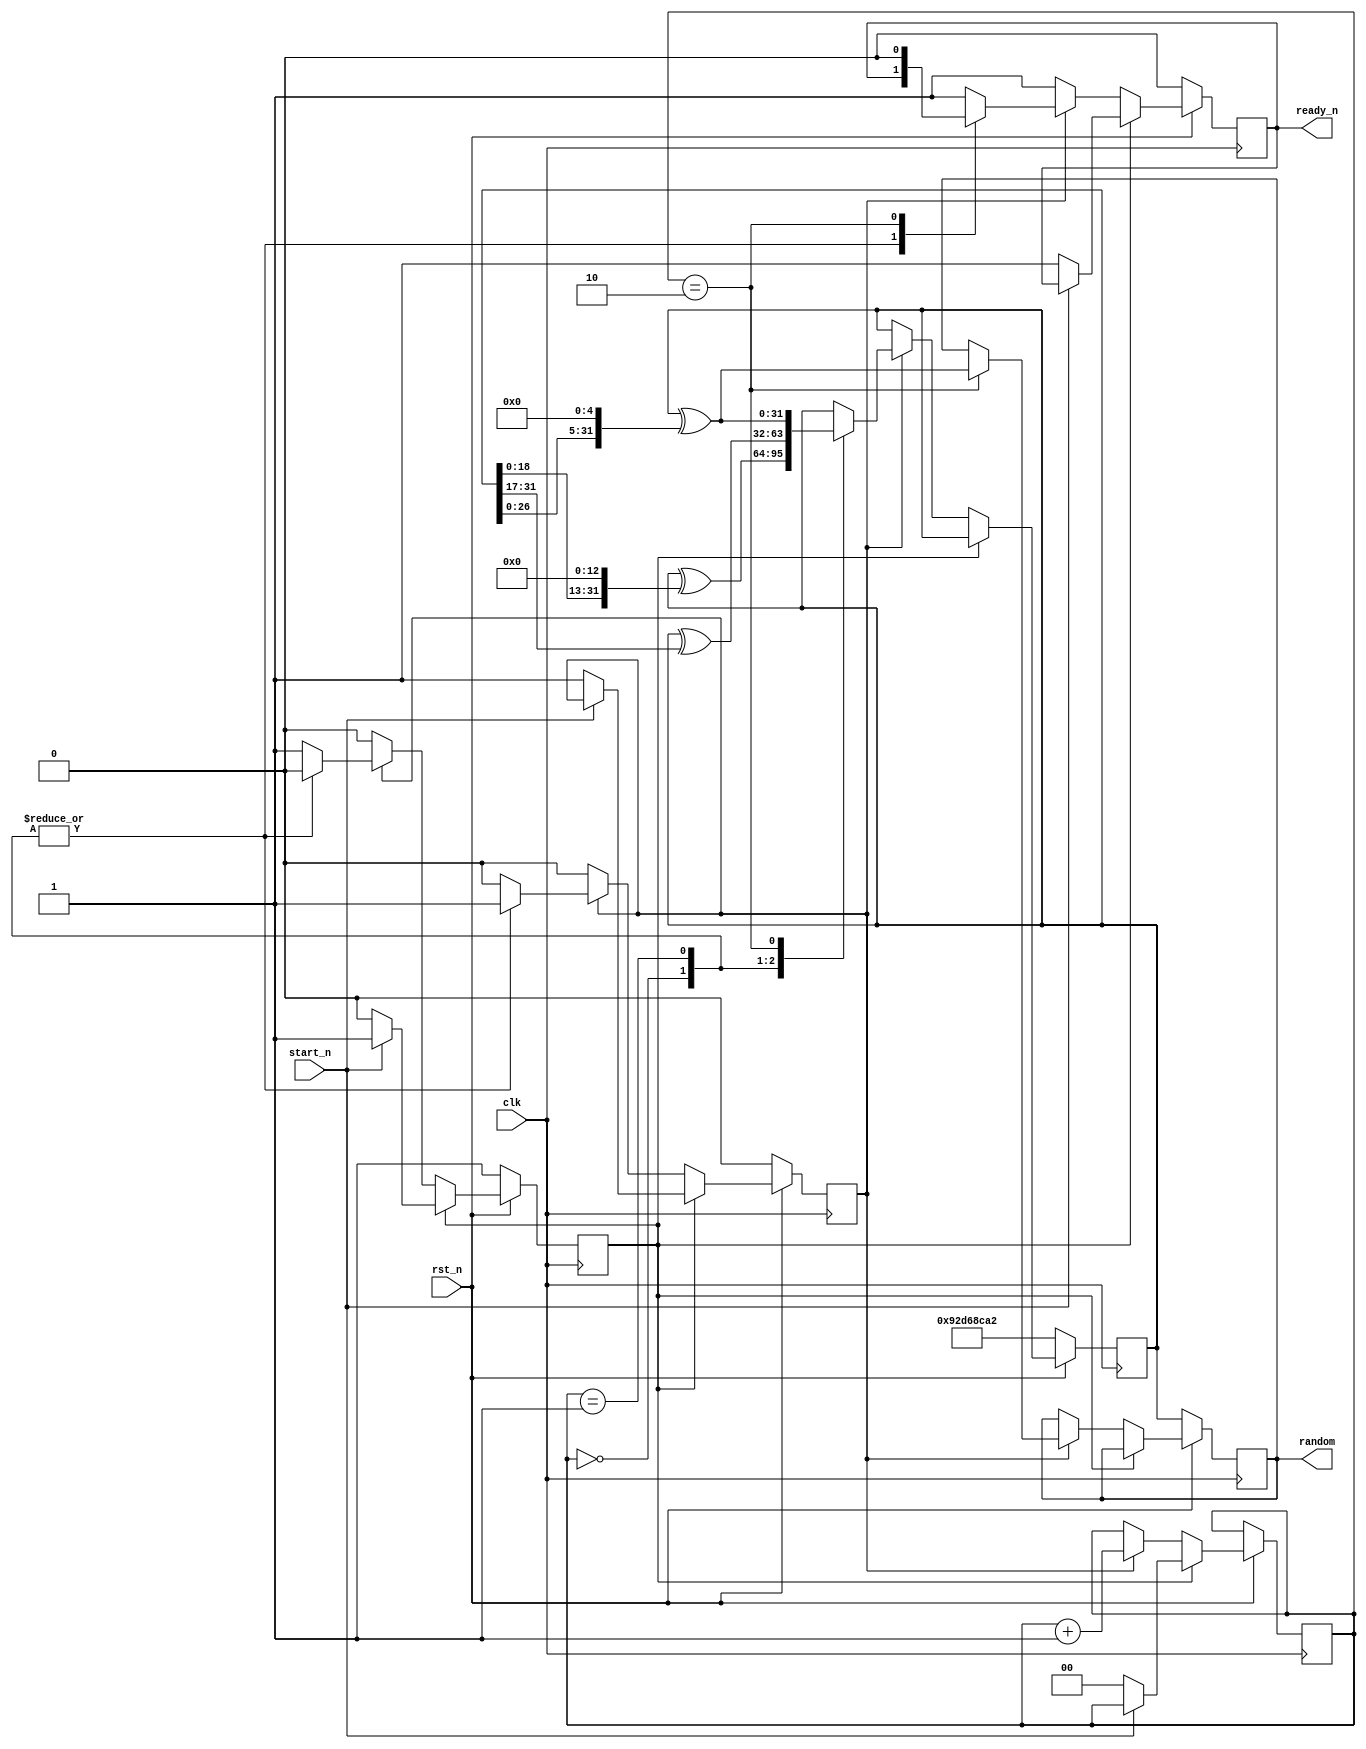
`define ON 1
`define OFF 0

module xorshift_32(
    input wire clk,
    input wire rst_n,
    input wire start_n,
    output reg [32-1:0] random,
    output reg ready_n);

    reg [32-1:0] seed;
    reg Istate, Sstate;
    reg [2-1:0] Sstatecount;

    always @(posedge clk) begin
        if (!rst_n) begin
            seed <= 32'd2463534242;
            ready_n <= 0;
            Istate <= `ON;
            Sstate <= `OFF;
            random <= seed;
        end else if (Istate) begin
            if (!start_n) begin
                Istate <= `OFF;
                Sstate <= `ON;
                Sstatecount <= 0;
                ready_n <= 1;
            end
        end else if (Sstate) begin
            Sstatecount <= Sstatecount + 1;
            case (Sstatecount)
                2'd0 : seed <= seed ^ (seed << 13);
                2'd1 : seed <= seed ^ (seed >> 17);
                2'd2 : begin
                    seed <= seed ^ (seed << 5);
                    random <= seed ^ (seed << 5);
                    Istate <= `ON;
                    Sstate <= `OFF;
                    ready_n <= 0;
                end
                default : begin
                    Istate <= `ON;
                    Sstate <= `OFF;
                    ready_n <= 1;
                end
            endcase
        end else begin
            Istate <= `OFF;
            Sstate <= `OFF;
            ready_n <= 1;
        end
    end
endmodule